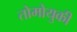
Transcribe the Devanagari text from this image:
तोमोयुकी